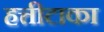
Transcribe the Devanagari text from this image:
हत्तीटाका